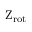
\mathrm { { Z _ { r o t } } }